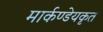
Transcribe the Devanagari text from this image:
मार्कण्डेयकृत